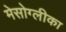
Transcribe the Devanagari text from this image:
मेसोग्लीका